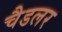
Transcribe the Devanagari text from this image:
चैडलर